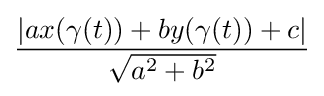
{\frac {|ax(\gamma (t))+by(\gamma (t))+c|}{\sqrt {a^{2}+b^{2}}}}